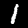
Digit: 1